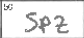
Transcription: SPZ